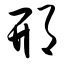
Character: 邢